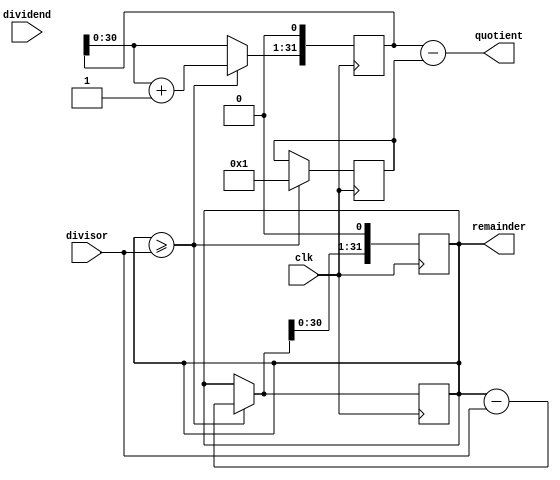
module RestoringDivider (
    input clk,
    input [31:0] dividend,
    input [31:0] divisor,
    output [31:0] quotient,
    output [31:0] remainder
    );

reg [31:0] partial_remainder;
reg [31:0] partial_quotient;
reg [31:0] remainder_correction;

always @ (posedge clk) begin
    if (partial_remainder >= divisor) begin
        partial_remainder = partial_remainder - divisor;
        partial_quotient = partial_quotient + 1;
    end
    partial_remainder = partial_remainder << 1;
    partial_quotient = partial_quotient << 1;
end

always @ (posedge clk) begin
    if (partial_remainder >= divisor) begin
        partial_remainder = partial_remainder - divisor;
        remainder_correction = 1;
    end
end

assign quotient = partial_quotient - remainder_correction;
assign remainder = partial_remainder;

endmodule